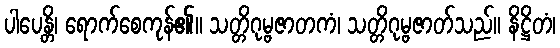
ပါပေန္တိ၊ ရောက်စေကုန်၏။ သတ္တိဂုမ္ဗဇာတကံ၊ သတ္တိဂုမ္ဗဇာတ်သည်။ နိဋ္ဌိတံ၊